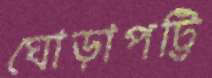
ঘোড়াপট্টি